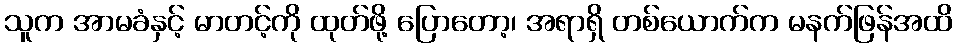
သူက အာမခံနှင့် မာတင့်ကို ထုတ်ဖို့ ပြောတော့၊ အရာရှိ တစ်ယောက်က မနက်ဖြန်အထိ